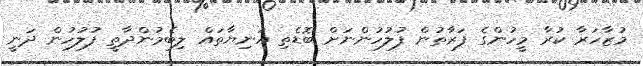
މުޒާހަރާ ކުރާ މީހުންގެ ފަރާތުން ފުލުހުންނަށް ބޮޑެތި އަނިޔާތައް ލިބެމުންދާތީ ފުލުހުން ދަނީ